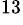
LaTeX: ^{13}